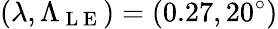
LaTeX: (\lambda,\Lambda_{\mathrm{~L~E~}})=(0.27,20^{\circ})